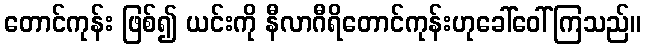
တောင်ကုန်း ဖြစ်၍ ယင်းကို နီလာဂီရိတောင်ကုန်းဟုခေါ်ဝေါ်ကြသည်။